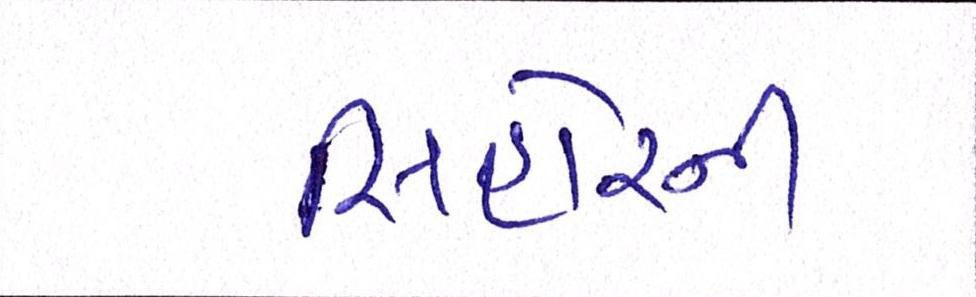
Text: સિહોરની